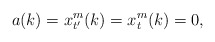
\begin{align*}a(k)=x_{t'}^m(k)=x_t^m(k)=0,\end{align*}